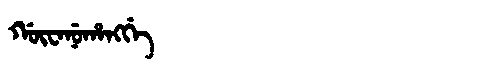
Manchu: ᡤᡡᠸᠠᠨᡠᡥᠠᠩᡤᡝ
Romanization: GŪWANUHANGGE